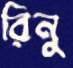
রিনু